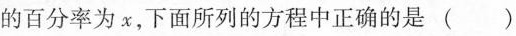
的百分率为x，下面所列的方程中正确的是()